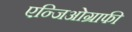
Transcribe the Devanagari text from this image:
एन्जिओग्राफी